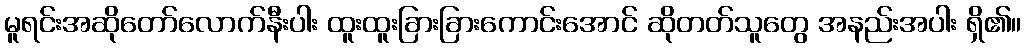
မူရင်းအဆိုတော်လောက်နီးပါး ထူးထူးခြားခြားကောင်းအောင် ဆိုတတ်သူတွေ အနည်းအပါး ရှိ၏။